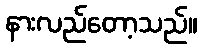
နားလည်တော့သည်။